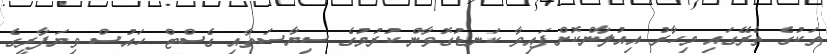
ތަކުގެ ތެރޭގައި މިހާރު އިއުލާންކޮށްފައިވާ ކަނޑުގޮވާން ކުރުމުގެ ސިޔާސަތާއި ގެސްޓް ހައުސް ވިޔަފާރީގެ